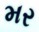
મર